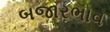
બજારભાવ